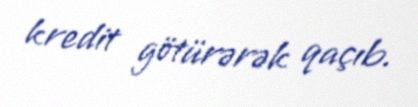
kredit götürərək qaçıb.